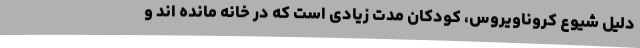
دلیل شیوع کروناویروس، کودکان مدت زیادی است که در خانه مانده اند و